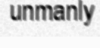
unmanly